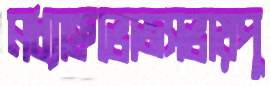
মধ্যাহ্নভোজসভায়পু